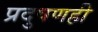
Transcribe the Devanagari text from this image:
प्रदुषणही